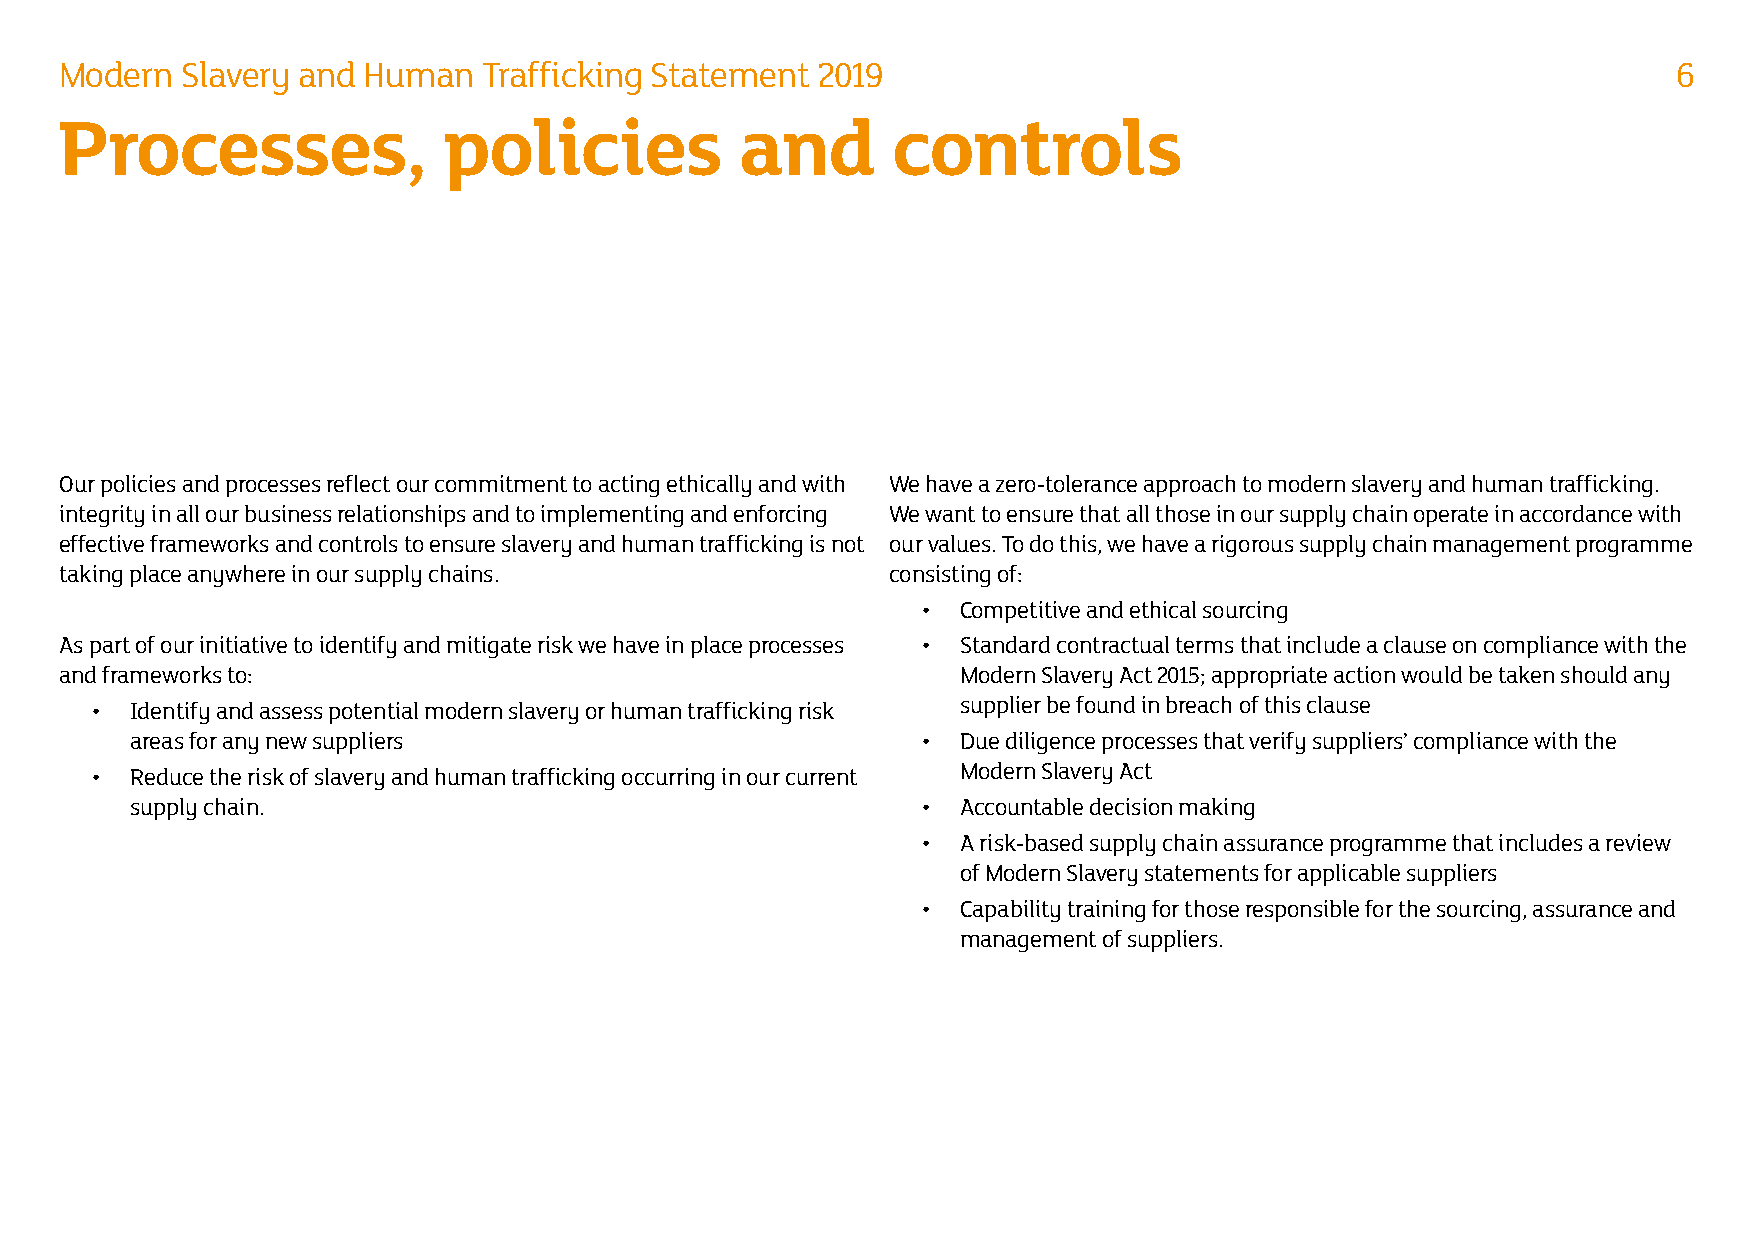
Modern  Slavery and Human   Trafficking Statement 2019                                                     6
 Processes,               policies            and       controls
 Our policies and processes reflect our commitment to acting ethically and with We have a zero-tolerance approach to modern slavery and human trafficking.
 integrity in all our business relationships and to implementing and enforcing We want to ensure that all those in our supply chain operate in accordance with
 effective frameworks and controls to ensure slavery and human trafficking is not our values. To do this, we have a rigorous supply chain management programme
 taking place anywhere in our supply chains.            consisting of:
 •  Competitive and ethical sourcing
 As part of our initiative to identify and mitigate risk we have in place processes • Standard contractual terms that include a clause on compliance with the
 and frameworks to:                                          Modern Slavery Act 2015; appropriate action would be taken should any
 •  Identify and assess potential modern slavery or human trafficking risk supplier be found in breach of this clause
 areas for any new suppliers                         •  Due diligence processes that verify suppliers’ compliance with the
 •  Reduce the risk of slavery and human trafficking occurring in our current Modern Slavery Act
 supply chain.                                       •  Accountable decision making
 •  A risk-based supply chain assurance programme that includes a review
 of Modern Slavery statements for applicable suppliers
 •  Capability training for those responsible for the sourcing, assurance and
 management of suppliers.